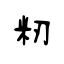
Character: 籾